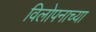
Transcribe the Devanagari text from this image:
विलोपनाच्या